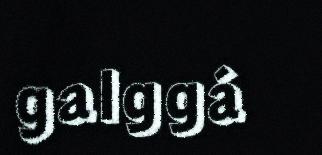
galggá